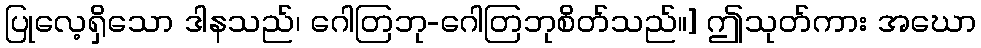
ပြုလေ့ရှိသော ဒါနသည်၊ ဂေါတြဘု-ဂေါတြဘုစိတ်သည်။] ဤသုတ်ကား အဃော